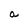
Character: a